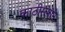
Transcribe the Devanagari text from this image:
काठीसमान